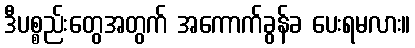
ဒီပစ္စည်းတွေအတွက် အကောက်ခွန်ခ ပေးရမလား။